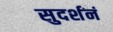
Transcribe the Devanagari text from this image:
सुदर्शनं